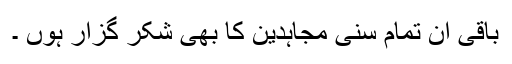
باقی ان تمام سنی مجاہدین کا بھی شکر گزار ہوں ۔